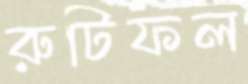
রুটিফল